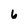
Character: 6